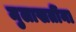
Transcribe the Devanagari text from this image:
मुलाखतींना